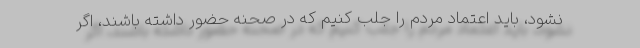
نشود، باید اعتماد مردم را جلب کنیم که در صحنه حضور داشته باشند، اگر